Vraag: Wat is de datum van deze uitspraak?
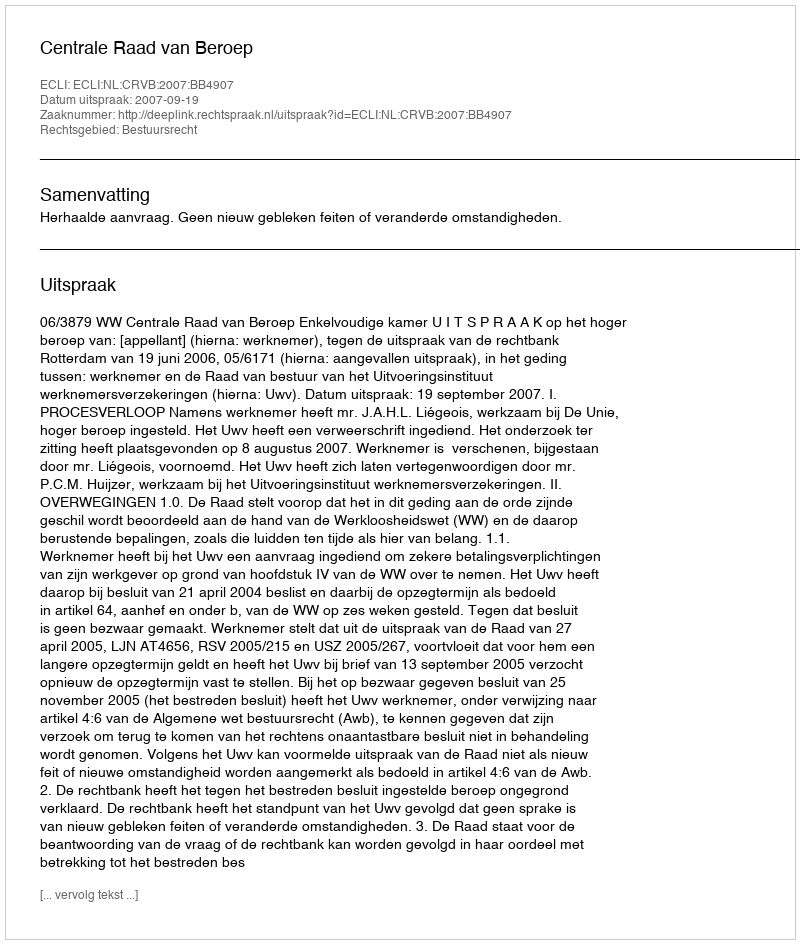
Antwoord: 2007-09-19